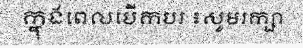
ក្នុងពេលបើកបរ ៖សូមរក្សា